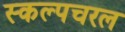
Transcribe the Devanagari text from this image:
स्‍कल्‍पचरल